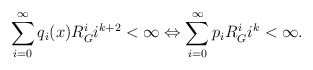
\begin{align*}\sum_{i=0}^{\infty} q_i(x)R_G^i i^{k+2} <\infty \Leftrightarrow \sum_{i=0}^{\infty} p_iR_G^i i^{k}<\infty .\end{align*}